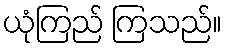
ယုံကြည် ကြသည်။